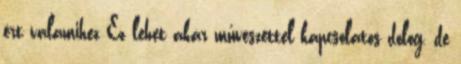
ért valamihez Ez lehet akár művészettel kapcsolatos dolog, de